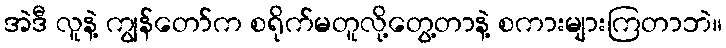
အဲဒီ လူနဲ့ ကျွန်တော်က စရိုက်မတူလို့တွေ့တာနဲ့ စကားများကြတာဘဲ။